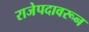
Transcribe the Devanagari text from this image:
राजेपदावरून